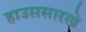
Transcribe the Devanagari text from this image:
हाउससारखे